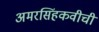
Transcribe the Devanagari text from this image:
अमरसिंहकवीची